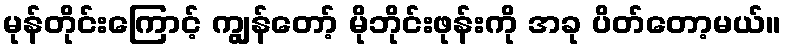
မုန်တိုင်းကြောင့် ကျွန်တော့် မိုဘိုင်းဖုန်းကို အခု ပိတ်တော့မယ်။